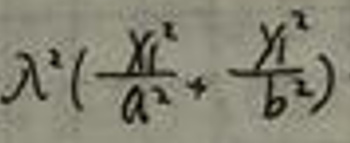
\(\lambda ^ { 2 } ( \frac { x _ { 1 } ^ { 2 } } { a ^ { 2 } } + \frac { y _ { 1 } ^ { 2 } } { b ^ { 2 } } )\)